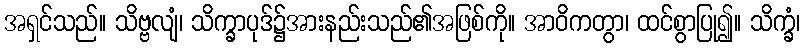
အရှင်သည်။ သိဗ္ဗလျံ၊ သိက္ခာပုဒ်၌အားနည်းသည်၏အဖြစ်ကို။ အာဝိကတွာ၊ ထင်စွာပြု၍။ သိက္ခံ၊